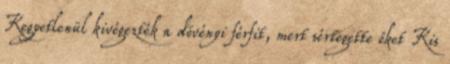
Kegyetlenül kivégezték a dövényi férfit, mert sértegette őket Kis